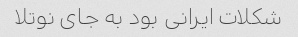
شکلات ایرانی بود به جای نوتلا